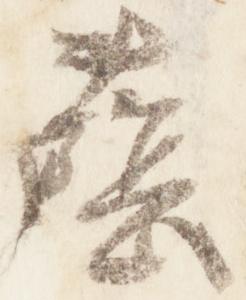
蔭